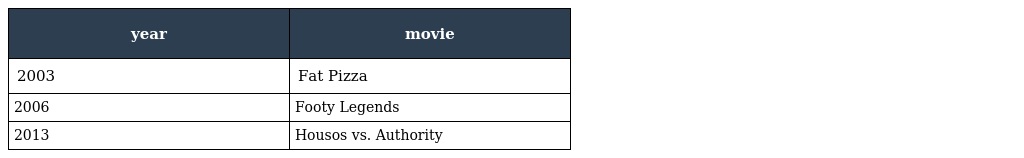
| year | movie |
 | --- | --- |
 | 2003 | Fat Pizza |
 | 2006 | Footy Legends |
 | 2013 | Housos vs. Authority |